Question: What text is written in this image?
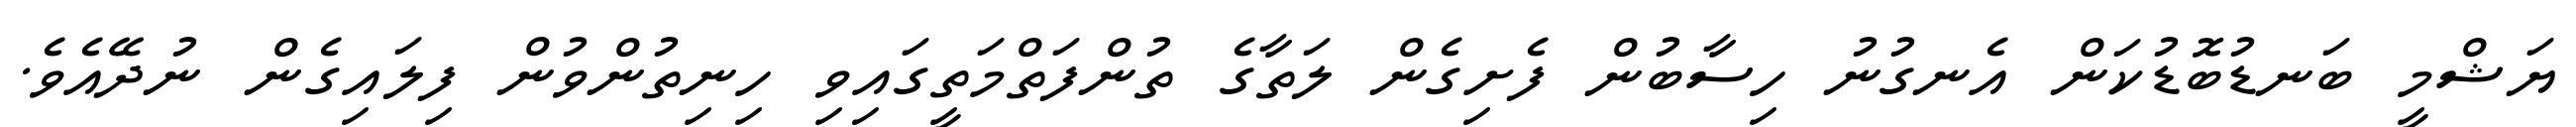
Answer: ޔަޝްމީ ބަނޑުބޮޑުކަން އެނގުނު ހިސާބުން ފެށިގެން ލަތާގެ ތުންފަތްމަތީގައިވި ހިނިތުންވުން ފިލައިގެން ނުދޭއެވެ.